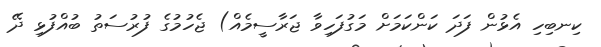
ކިނބިހި އެޅުން ފަދަ ކަންކަމަށް މަގުފަހިވާ ޖަރާސީމެއް) ޖެހުމުގެ ފުރުސަތު ބުއްފުޅި ދޭ